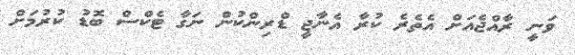
ވަނީ ރާއްޖެއަށް އެތެރެ ކުރާ އެނާޖީ ޑްރިންކުން ނަގާ ޓެކްސް ބޮޑު ކުރުމަށް